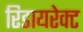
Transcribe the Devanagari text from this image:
रिडायरेक्ट